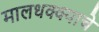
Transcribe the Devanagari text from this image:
मालधक्क्याचे